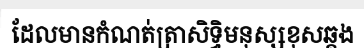
ដែលមានកំណត់ត្រាសិទ្ធិមនុស្សខុសឆ្គង